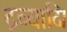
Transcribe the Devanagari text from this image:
द्रव्यादि।